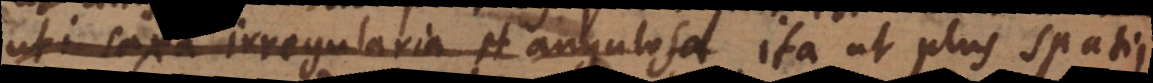
ut saxa irregularia et angulosa ita ut plus spatii